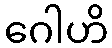
ဂေါဟိ